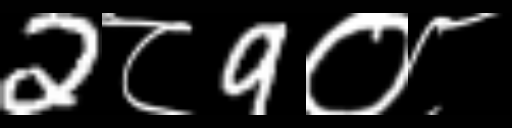
Text: 2८9०८